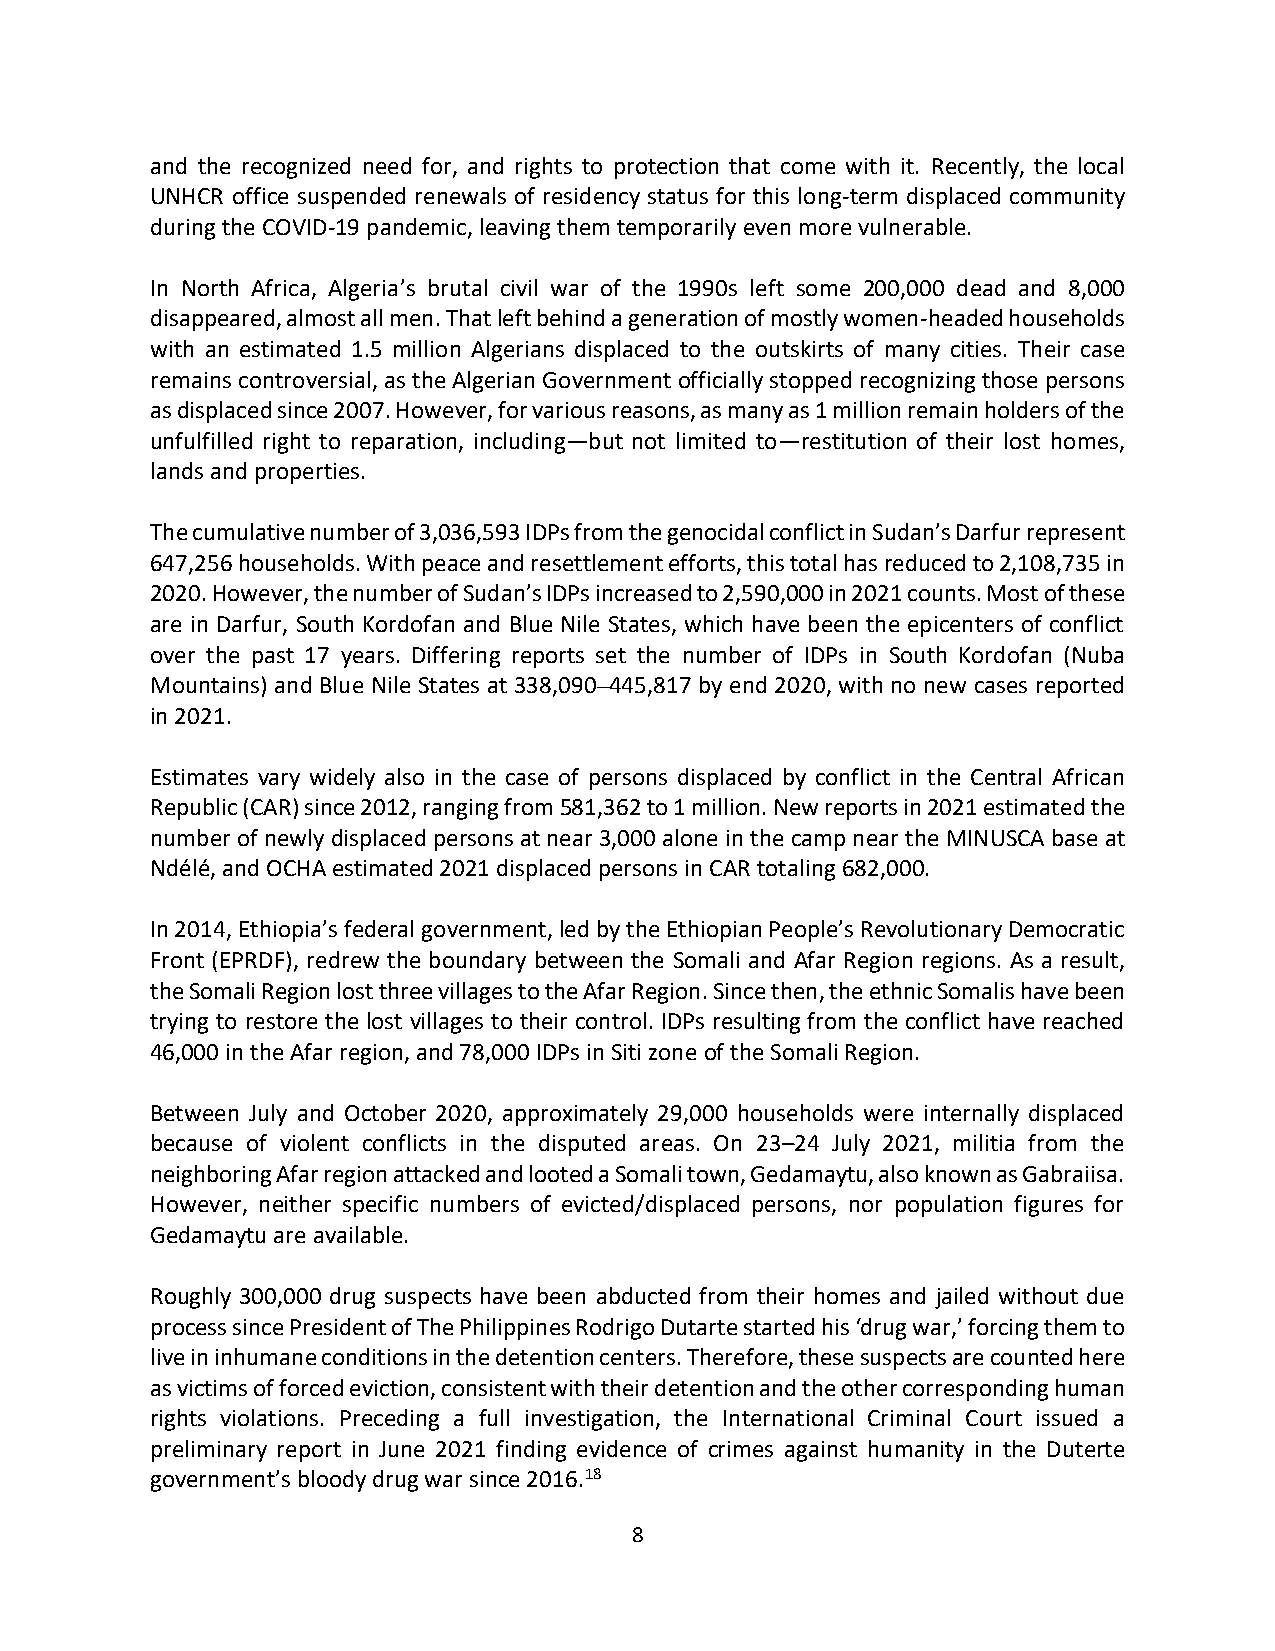
and the recognized need for, and rights to protection that come with it. Recently, the local
 UNHCR office suspended renewals of residency status for this long-term displaced community
 during the COVID-19 pandemic, leaving them temporarily even more vulnerable.
 In North Africa, Algeria’s brutal civil war of the 1990s left some 200,000 dead and 8,000
 disappeared, almost all men. That left behind a generation of mostly women-headed households
 with an estimated 1.5 million Algerians displaced to the outskirts of many cities. Their case
 remains controversial, as the Algerian Government officially stopped recognizing those persons
 as displaced since 2007. However, for various reasons, as many as 1 million remain holders of the
 unfulfilled right to reparation, including—but not limited to—restitution of their lost homes,
 lands and properties.
 The cumulative number of 3,036,593 IDPs from the genocidal conflict in Sudan’s Darfur represent
 647,256 households. With peace and resettlement efforts, this total has reduced to 2,108,735 in
 2020. However, the number of Sudan’s IDPs increased to 2,590,000 in 2021 counts. Most of these
 are in Darfur, South Kordofan and Blue Nile States, which have been the epicenters of conflict
 over the past 17 years. Differing reports set the number of IDPs in South Kordofan (Nuba
 Mountains) and Blue Nile States at 338,090–445,817 by end 2020, with no new cases reported
 in 2021.
 Estimates vary widely also in the case of persons displaced by conflict in the Central African
 Republic (CAR) since 2012, ranging from 581,362 to 1 million. New reports in 2021 estimated the
 number of newly displaced persons at near 3,000 alone in the camp near the MINUSCA base at
 Ndélé, and OCHA estimated 2021 displaced persons in CAR totaling 682,000.
 In 2014, Ethiopia’s federal government, led by the Ethiopian People’s Revolutionary Democratic
 Front (EPRDF), redrew the boundary between the Somali and Afar Region regions. As a result,
 the Somali Region lost three villages to the Afar Region. Since then, the ethnic Somalis have been
 trying to restore the lost villages to their control. IDPs resulting from the conflict have reached
 46,000 in the Afar region, and 78,000 IDPs in Siti zone of the Somali Region.
 Between July and October 2020, approximately 29,000 households were internally displaced
 because of violent conflicts in the disputed areas. On 23–24 July 2021, militia from the
 neighboring Afar region attacked and looted a Somali town, Gedamaytu, also known as Gabraiisa.
 However, neither specific numbers of evicted/displaced persons, nor population figures for
 Gedamaytu are available.
 Roughly 300,000 drug suspects have been abducted from their homes and jailed without due
 process since President of The Philippines Rodrigo Dutarte started his ‘drug war,’ forcing them to
 live in inhumane conditions in the detention centers. Therefore, these suspects are counted here
 as victims of forced eviction, consistent with their detention and the other corresponding human
 rights violations. Preceding a full investigation, the International Criminal Court issued a
 preliminary report in June 2021 finding evidence of crimes against humanity in the Duterte
 government’s bloody drug war since 2016.18
 8